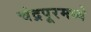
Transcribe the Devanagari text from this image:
चंद्रपूरमध्ये